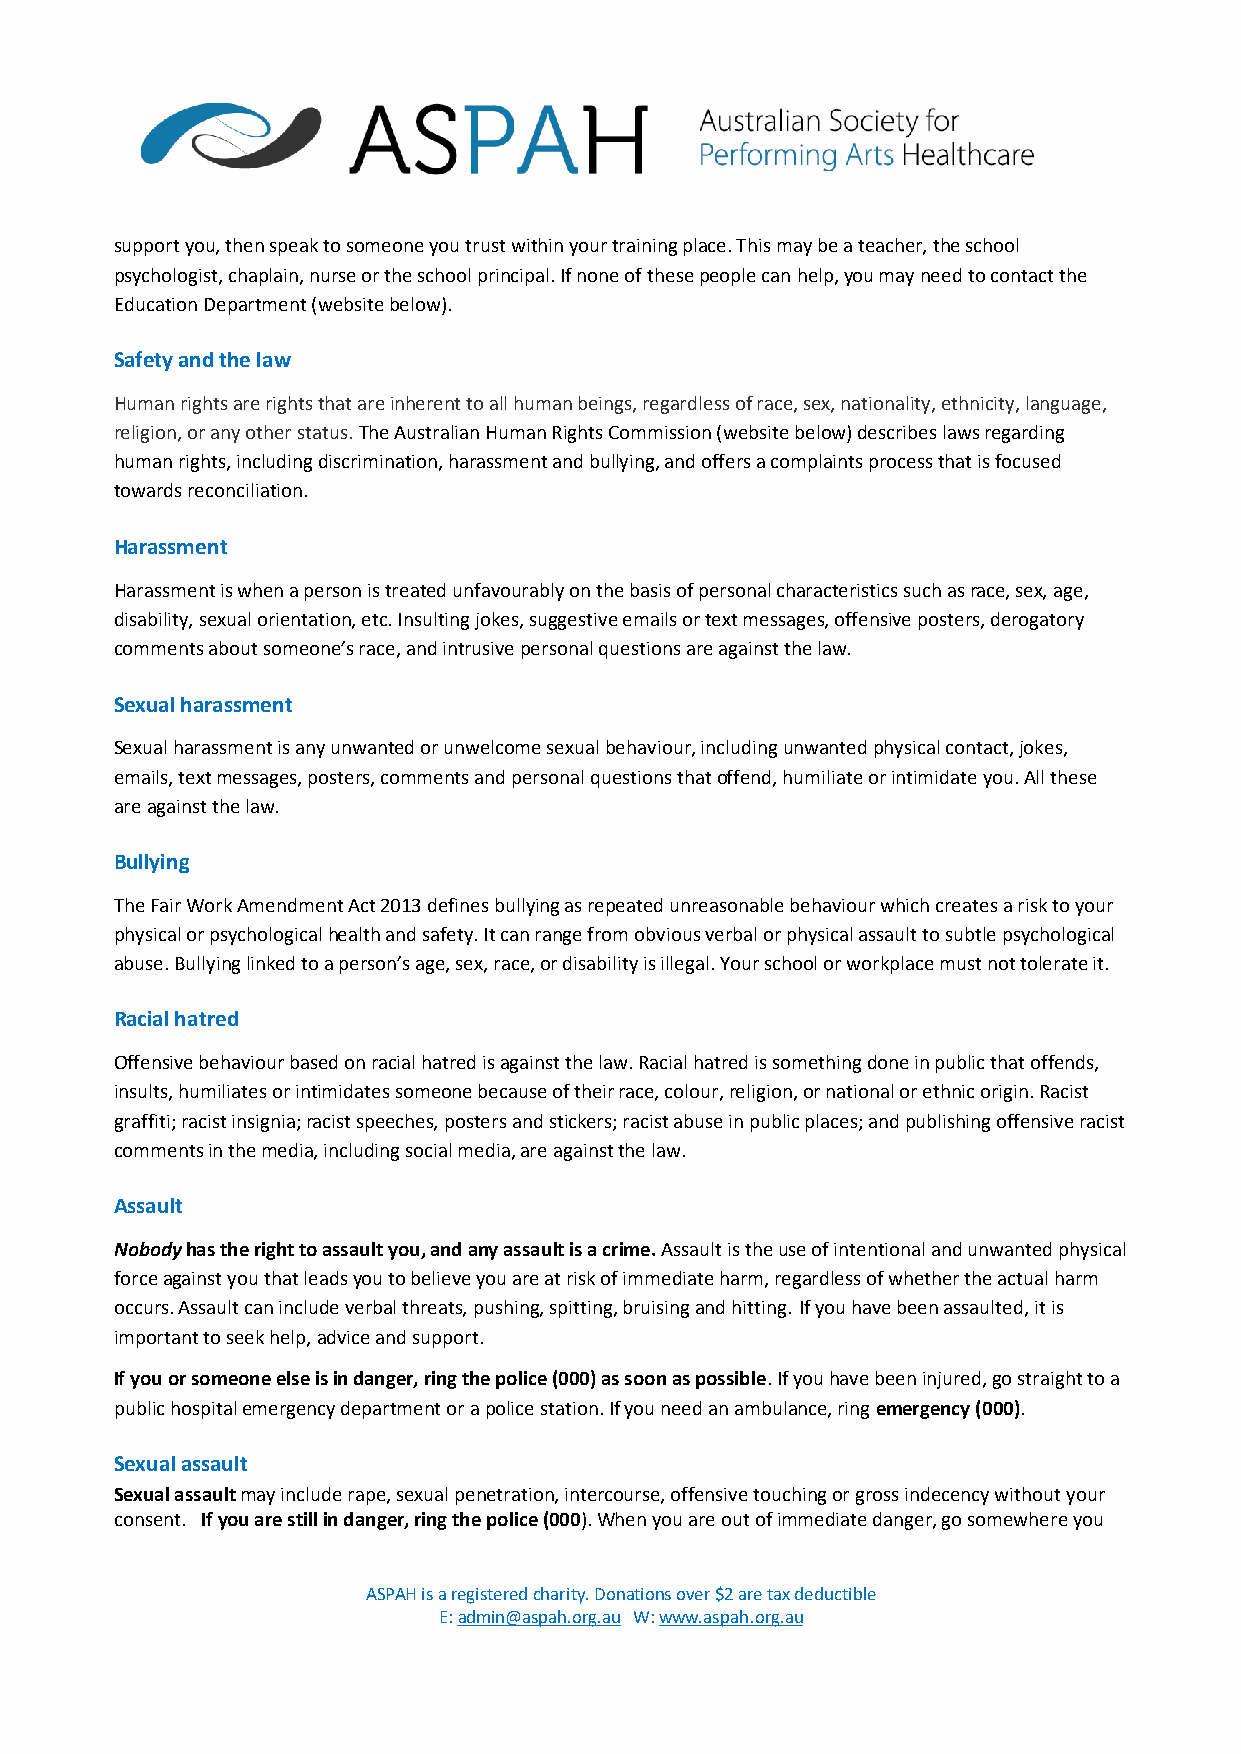
support you, then speak to someone you trust within your training place. This may be a teacher, the school
 psychologist, chaplain, nurse or the school principal. If none of these people can help, you may need to contact the
 Education Department (website below).
 Safety and the law
 Human rights are rights that are inherent to all human beings, regardless of race, sex, nationality, ethnicity, language,
 religion, or any other status. The Australian Human Rights Commission (website below) describes laws regarding
 human rights, including discrimination, harassment and bullying, and offers a complaints process that is focused
 towards reconciliation.
 Harassment
 Harassment is when a person is treated unfavourably on the basis of personal characteristics such as race, sex, age,
 disability, sexual orientation, etc. Insulting jokes, suggestive emails or text messages, offensive posters, derogatory
 comments about someone’s race, and intrusive personal questions are against the law.
 Sexual harassment
 Sexual harassment is any unwanted or unwelcome sexual behaviour, including unwanted physical contact, jokes,
 emails, text messages, posters, comments and personal questions that offend, humiliate or intimidate you. All these
 are against the law.
 Bullying
 The Fair Work Amendment Act 2013 defines bullying as repeated unreasonable behaviour which creates a risk to your
 physical or psychological health and safety. It can range from obvious verbal or physical assault to subtle psychological
 abuse. Bullying linked to a person’s age, sex, race, or disability is illegal. Your school or workplace must not tolerate it.
 Racial hatred
 Offensive behaviour based on racial hatred is against the law. Racial hatred is something done in public that offends,
 insults, humiliates or intimidates someone because of their race, colour, religion, or national or ethnic origin. Racist
 graffiti; racist insignia; racist speeches, posters and stickers; racist abuse in public places; and publishing offensive racist
 comments in the media, including social media, are against the law.
 Assault
 Nobody has the right to assault you, and any assault is a crime. Assault is the use of intentional and unwanted physical
 force against you that leads you to believe you are at risk of immediate harm, regardless of whether the actual harm
 occurs. Assault can include verbal threats, pushing, spitting, bruising and hitting. If you have been assaulted, it is
 important to seek help, advice and support.
 If you or someone else is in danger, ring the police (000) as soon as possible. If you have been injured, go straight to a
 public hospital emergency department or a police station. If you need an ambulance, ring emergency (000).
 Sexual assault
 Sexual assault may include rape, sexual penetration, intercourse, offensive touching or gross indecency without your
 consent. If you are still in danger, ring the police (000). When you are out of immediate danger, go somewhere you
 ASPAH is a registered charity. Donations over $2 are tax deductible
 E: admin@aspah.org.au W: www.aspah.org.au